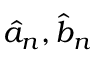
\hat { a } _ { n } , \hat { b } _ { n }